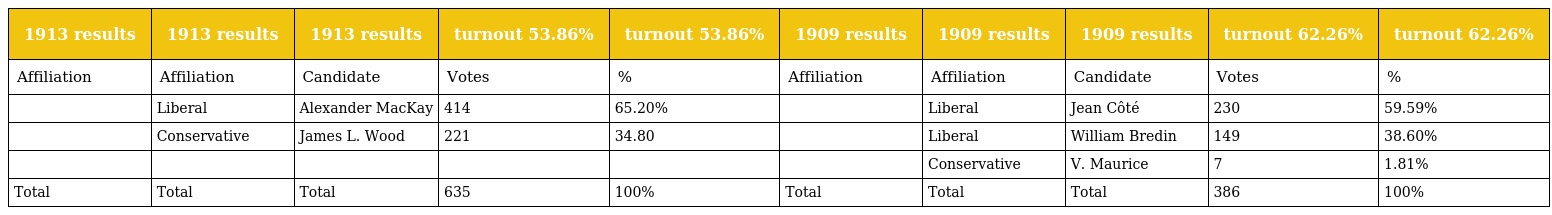
| 1913 results | 1913 results | 1913 results | turnout 53.86% | turnout 53.86% | 1909 results | 1909 results | 1909 results | turnout 62.26% | turnout 62.26% |
 | --- | --- | --- | --- | --- | --- | --- | --- | --- | --- |
 | Affiliation | Affiliation | Candidate | Votes | % | Affiliation | Affiliation | Candidate | Votes | % |
 |  | Liberal | Alexander MacKay | 414 | 65.20% |  | Liberal | Jean Côté | 230 | 59.59% |
 |  | Conservative | James L. Wood | 221 | 34.80 |  | Liberal | William Bredin | 149 | 38.60% |
 |  |  |  |  |  |  | Conservative | V. Maurice | 7 | 1.81% |
 | Total | Total | Total | 635 | 100% | Total | Total | Total | 386 | 100% |